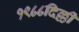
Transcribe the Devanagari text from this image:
१९८८दिल्ली